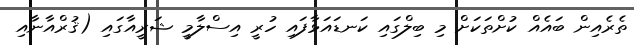
ތެރެއިން ބައެއް ކުށްތަކަށް މި ބިލްގައި ކަނޑައަޅާފައި ހުރީ އިސްލާމީ ޝަރީއާގައި (ޤުރްއާނާއި